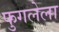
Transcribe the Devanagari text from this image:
फुगलेला